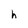
Character: h